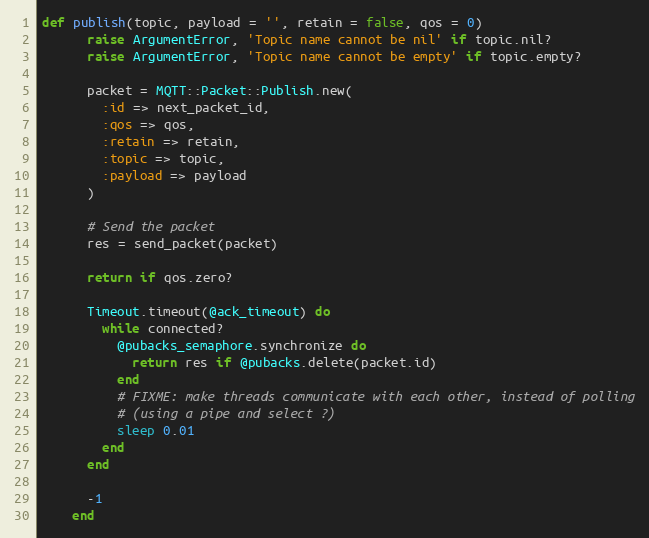
Language: Ruby
def publish(topic, payload = '', retain = false, qos = 0)
      raise ArgumentError, 'Topic name cannot be nil' if topic.nil?
      raise ArgumentError, 'Topic name cannot be empty' if topic.empty?

      packet = MQTT::Packet::Publish.new(
        :id => next_packet_id,
        :qos => qos,
        :retain => retain,
        :topic => topic,
        :payload => payload
      )

      # Send the packet
      res = send_packet(packet)

      return if qos.zero?

      Timeout.timeout(@ack_timeout) do
        while connected?
          @pubacks_semaphore.synchronize do
            return res if @pubacks.delete(packet.id)
          end
          # FIXME: make threads communicate with each other, instead of polling
          # (using a pipe and select ?)
          sleep 0.01
        end
      end

      -1
    end